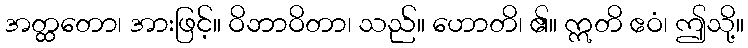
အတ္ထတော၊ အားဖြင့်။ ဝိဘာဝိတာ၊ သည်။ ဟောတိ၊ ၏။ ဣတိ ဧဝံ၊ ဤသို့။